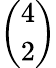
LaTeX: \binom{4}{2}